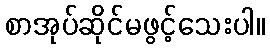
စာအုပ်ဆိုင်မဖွင့်သေးပါ။